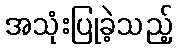
အသုံးပြုခဲ့သည့်